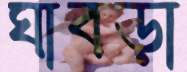
ঘাবড়া